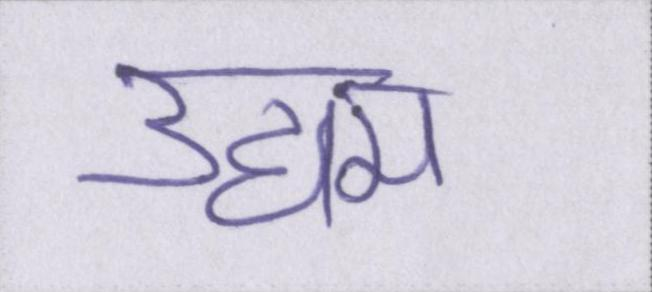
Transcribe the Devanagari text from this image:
उद्यम